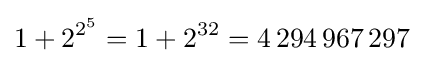
1+2^{2^{5}}=1+2^{32}=4\,294\,967\,297